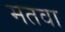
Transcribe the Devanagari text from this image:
मतवा